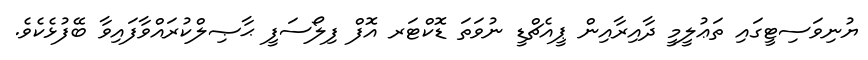
ޔުނިވަސިޓީގައި ތަޢުލީމީ ދާއިރާއިން ޕީއެޗްޑީ ނުވަތަ ޑޮކްޓަރ އޮފް ފިލޯސަފީ ޙާޞިލްކުރައްވާފައިވާ ބޭފުޅެކެވެ.